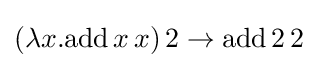
(\lambda x.\mathrm {add} \,x\,x)\,2\rightarrow \mathrm {add} \,2\,2